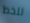
للخط